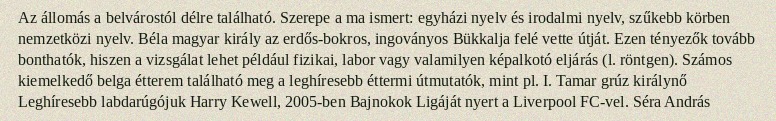
Az állomás a belvárostól délre található. Szerepe a ma ismert: egyházi nyelv és irodalmi nyelv, szűkebb körben nemzetközi nyelv. Béla magyar király az erdős-bokros, ingoványos Bükkalja felé vette útját. Ezen tényezők tovább bonthatók, hiszen a vizsgálat lehet például fizikai, labor vagy valamilyen képalkotó eljárás (l. röntgen). Számos kiemelkedő belga étterem található meg a leghíresebb éttermi útmutatók, mint pl. I. Tamar grúz királynő Leghíresebb labdarúgójuk Harry Kewell, 2005-ben Bajnokok Ligáját nyert a Liverpool FC-vel. Séra András